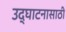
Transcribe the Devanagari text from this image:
उद्घाटनासाठी